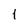
Character: 1